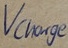
Text: Vcharge